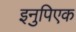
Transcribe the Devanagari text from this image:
इनुपिएक